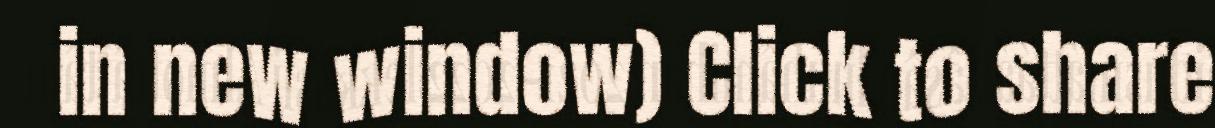
in new window) Click to share